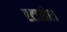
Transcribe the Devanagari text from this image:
स्टासेरा